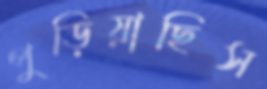
পুড়িয়াছিস